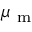
\mu _ { \mathrm { ~ m ~ } }